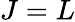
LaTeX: J=L